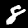
Label: 8